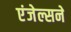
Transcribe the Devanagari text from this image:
एंजेल्सने